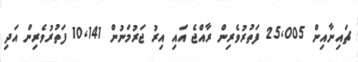
ޗައިނާއިން 25